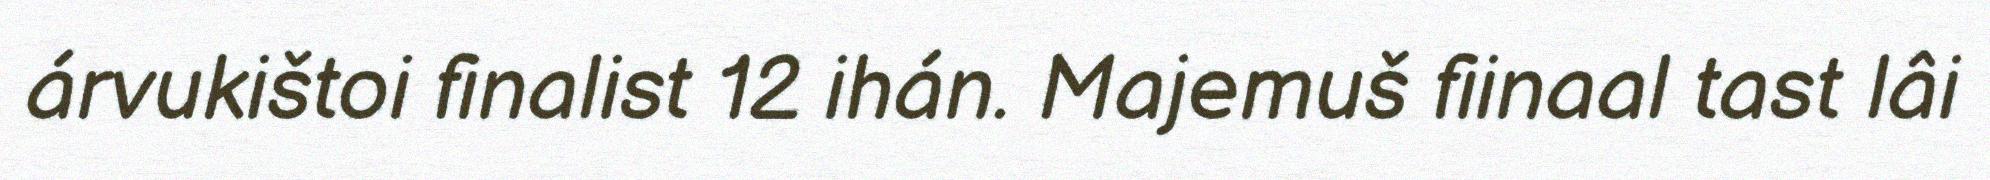
árvukištoi finalist 12 ihán. Majemuš fiinaal tast lâi